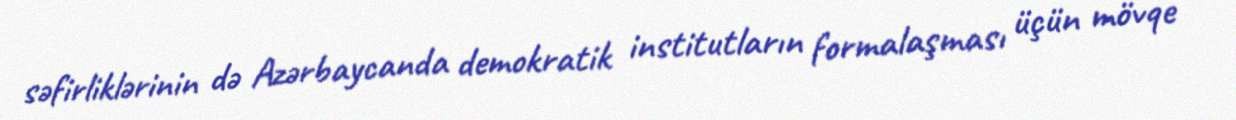
səfirliklərinin də Azərbaycanda demokratik institutların formalaşması üçün mövqe